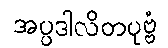
အပ္ပဒါလိတပုဗ္ဗံ